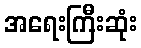
အရေးကြီးဆုံး